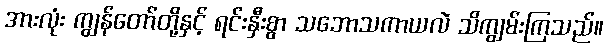
အားလုံး ကျွန်တော်တို့နှင့် ရင်းနှီးစွာ သဘောသကာယလဲ သိကျွမ်းကြသည်။